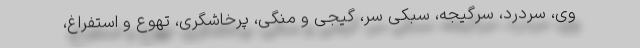
وی، سردرد، سرگیجه، سبکی سر، گیجی و منگی، پرخاشگری، تهوع و استفراغ،